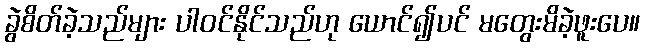
ခွဲစိတ်ခဲ့သည်များ ပါဝင်နိုင်သည်ဟု ယောင်၍ပင် မတွေးမိခဲ့ဖူးပေ။